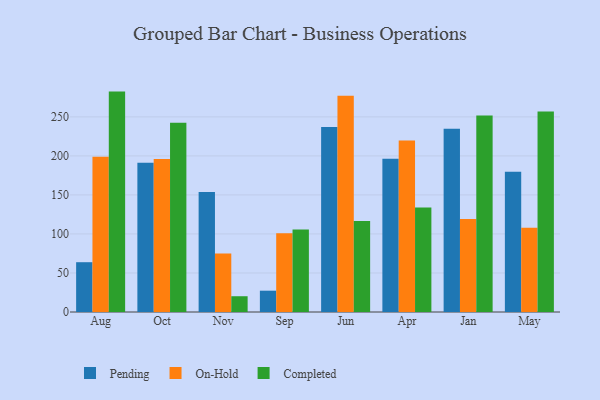
{"axis": {"x": "Month", "y": "Inventory Turnover"}, "legend": ["Completed", "On-Hold", "Pending"], "data": [{"x": "Aug", "y": 63.8, "type": "Pending"}, {"x": "Aug", "y": 199.0, "type": "On-Hold"}, {"x": "Aug", "y": 282.4, "type": "Completed"}, {"x": "Oct", "y": 191.1, "type": "Pending"}, {"x": "Oct", "y": 196.0, "type": "On-Hold"}, {"x": "Oct", "y": 242.6, "type": "Completed"}, {"x": "Nov", "y": 153.7, "type": "Pending"}, {"x": "Nov", "y": 75.1, "type": "On-Hold"}, {"x": "Nov", "y": 20.2, "type": "Completed"}, {"x": "Sep", "y": 27.3, "type": "Pending"}, {"x": "Sep", "y": 101.0, "type": "On-Hold"}, {"x": "Sep", "y": 105.8, "type": "Completed"}, {"x": "Jun", "y": 237.1, "type": "Pending"}, {"x": "Jun", "y": 277.2, "type": "On-Hold"}, {"x": "Jun", "y": 116.7, "type": "Completed"}, {"x": "Apr", "y": 196.4, "type": "Pending"}, {"x": "Apr", "y": 219.9, "type": "On-Hold"}, {"x": "Apr", "y": 134.0, "type": "Completed"}, {"x": "Jan", "y": 234.8, "type": "Pending"}, {"x": "Jan", "y": 119.3, "type": "On-Hold"}, {"x": "Jan", "y": 251.7, "type": "Completed"}, {"x": "May", "y": 179.6, "type": "Pending"}, {"x": "May", "y": 107.8, "type": "On-Hold"}, {"x": "May", "y": 256.8, "type": "Completed"}]}